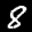
Label: 8